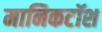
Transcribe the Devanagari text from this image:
मानिकटॉश